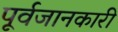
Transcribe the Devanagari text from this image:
पूर्वजानकारी